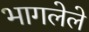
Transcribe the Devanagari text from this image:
भागलेले